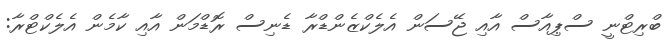
ބްރިޓްނީ ސްޕިއާސް އާއި ޖޭސަން އެލެކްޒެންޑްރާ ޑެނިސް ރޮޑްމަން އާއި ކާމެން އެލެކްޓްރާ: